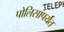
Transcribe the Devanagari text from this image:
पोलिसांपर्यंत